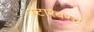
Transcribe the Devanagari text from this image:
स्टारबस्ट